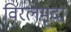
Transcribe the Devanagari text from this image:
विरलमृदा